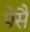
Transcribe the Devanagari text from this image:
पेसै